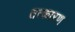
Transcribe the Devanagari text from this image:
तत्कारण